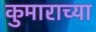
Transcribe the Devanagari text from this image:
कुमाराच्या